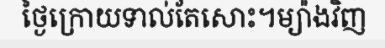
ថ្ងៃក្រោយទាល់តែសោះ។ម្យ៉ាងវិញ